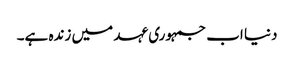
دنیا اب جمہوری عہد میں زندہ ہے۔